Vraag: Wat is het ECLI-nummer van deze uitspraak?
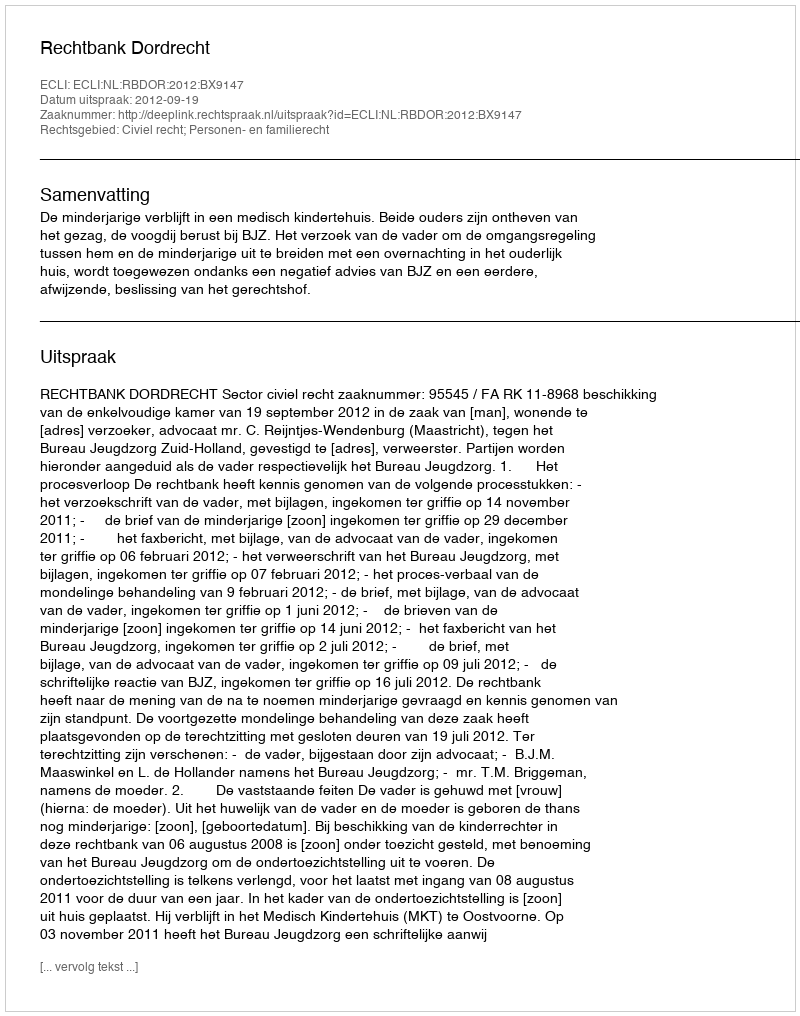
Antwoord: ECLI:NL:RBDOR:2012:BX9147